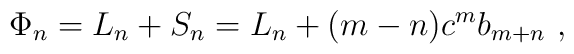
\Phi_{n} = L_{n} + S_{n} = L_{n} + (m-n)c^{m} b_{m+n}~,